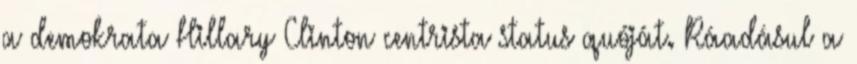
a demokrata Hillary Clinton centrista status quóját. Ráadásul a